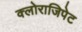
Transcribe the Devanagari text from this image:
क्लोराजिपेट